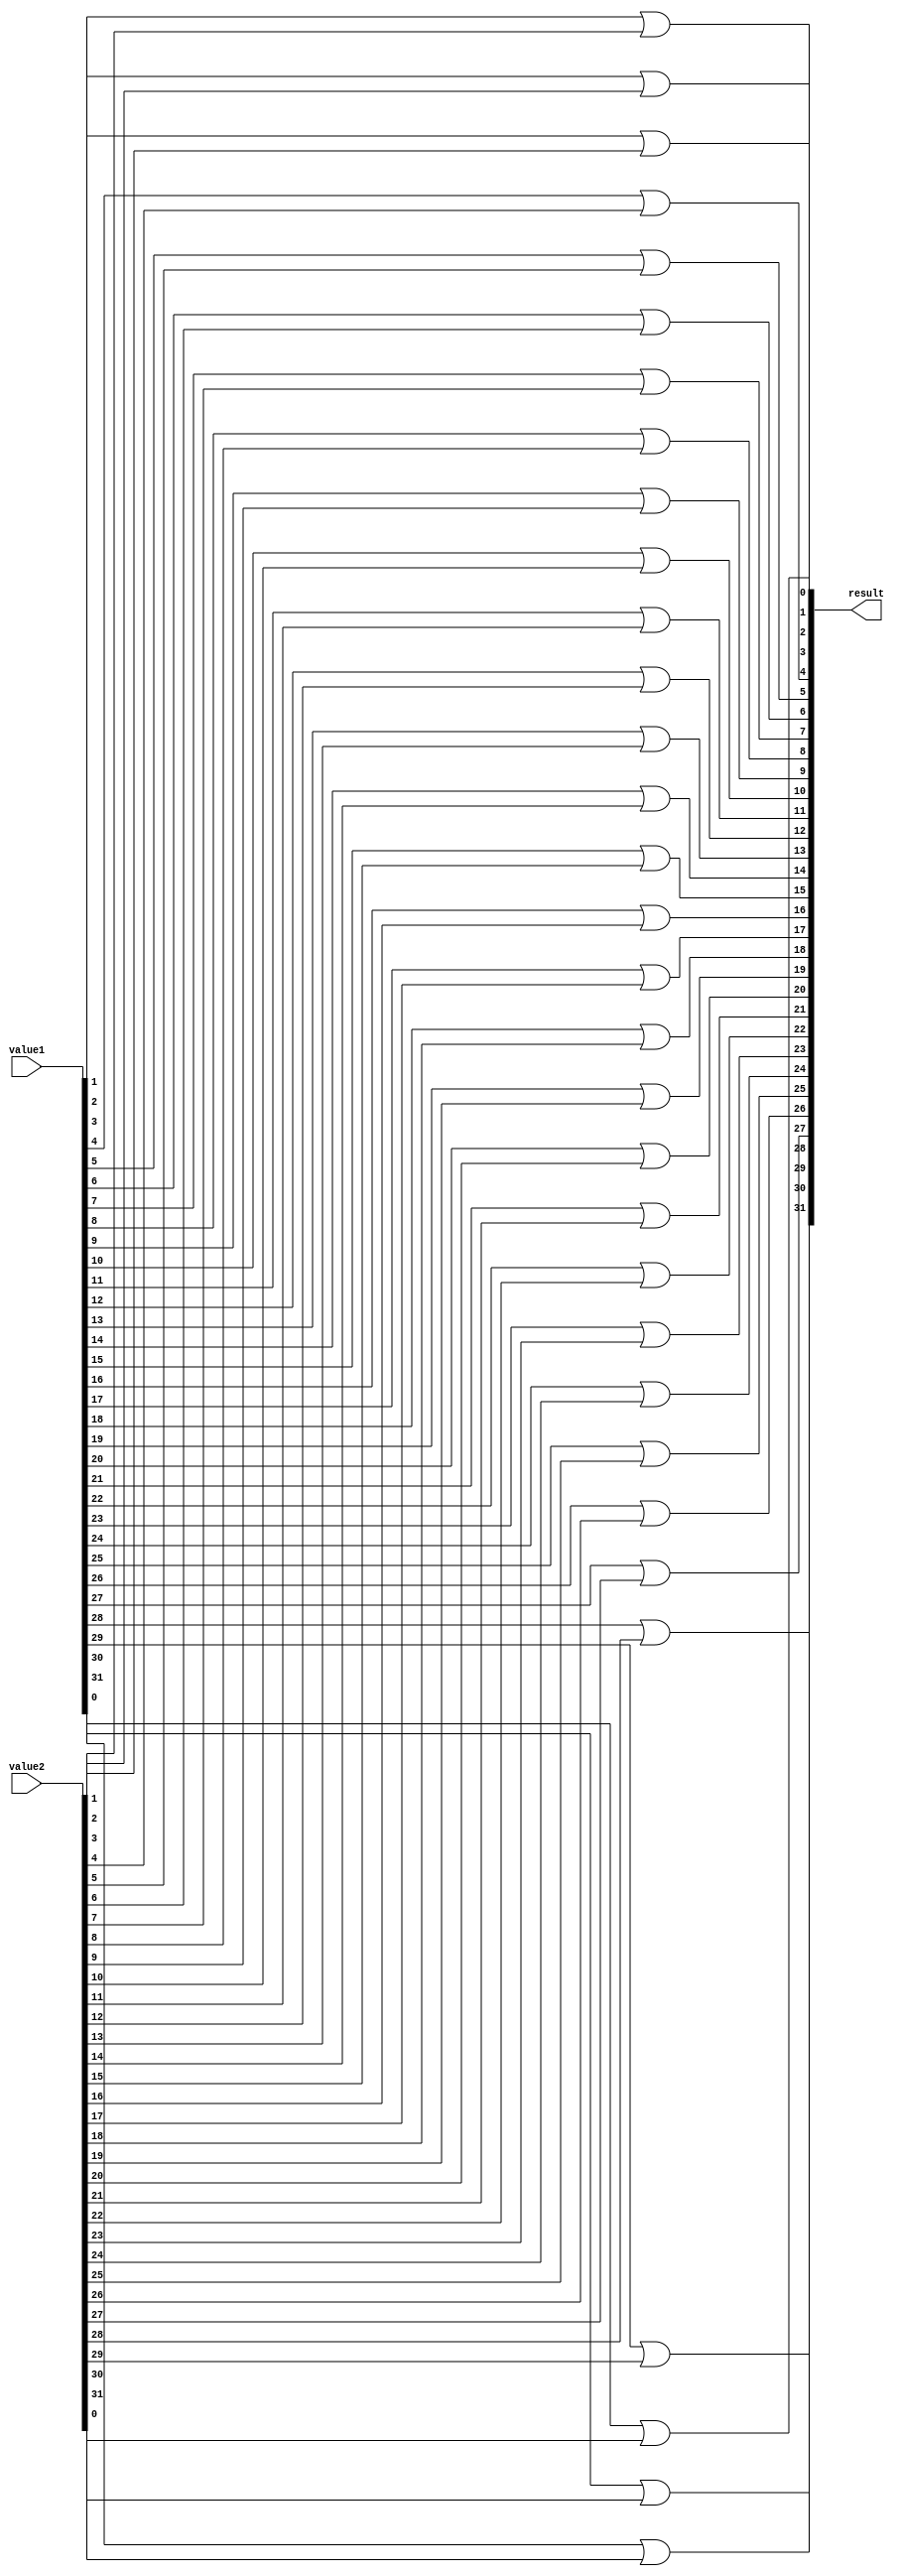
module or_32bit(value1, value2, result);
// Inputs
input [31:0] value1;
input [31:0] value2;
// Output
output [31:0] result;

// Using or gate 32 times
or  or_0  (result[0]  , value1[0]  , value2[0]),
	 or_1  (result[1]  , value1[1]  , value2[1]),
	 or_2  (result[2]  , value1[2]  , value2[2]),
	 or_3  (result[3]  , value1[3]  , value2[3]),
	 or_4  (result[4]  , value1[4]  , value2[4]),
	 or_5  (result[5]  , value1[5]  , value2[5]),
	 or_6  (result[6]  , value1[6]  , value2[6]),
	 or_7  (result[7]  , value1[7]  , value2[7]),
	 or_8  (result[8]  , value1[8]  , value2[8]),
	 or_9  (result[9]  , value1[9]  , value2[9]),
	 or_10 (result[10] , value1[10] , value2[10]),
	 or_11 (result[11] , value1[11] , value2[11]),
	 or_12 (result[12] , value1[12] , value2[12]),
	 or_13 (result[13] , value1[13] , value2[13]),
	 or_14 (result[14] , value1[14] , value2[14]),
	 or_15 (result[15] , value1[15] , value2[15]),
	 or_16 (result[16] , value1[16] , value2[16]),
	 or_17 (result[17] , value1[17] , value2[17]),
	 or_18 (result[18] , value1[18] , value2[18]),
	 or_19 (result[19] , value1[19] , value2[19]),
	 or_20 (result[20] , value1[20] , value2[20]),
	 or_21 (result[21] , value1[21] , value2[21]),
	 or_22 (result[22] , value1[22] , value2[22]),
	 or_23 (result[23] , value1[23] , value2[23]),
	 or_24 (result[24] , value1[24] , value2[24]),
	 or_25 (result[25] , value1[25] , value2[25]),
	 or_26 (result[26] , value1[26] , value2[26]),
	 or_27 (result[27] , value1[27] , value2[27]),
	 or_28 (result[28] , value1[28] , value2[28]),
	 or_29 (result[29] , value1[29] , value2[29]),
	 or_30 (result[30] , value1[30] , value2[30]),
	 or_31 (result[31] , value1[31] , value2[31]);

endmodule